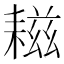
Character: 𦔒